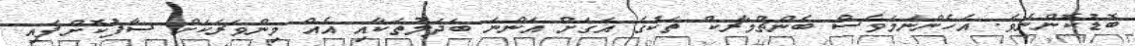
ބޮޑުކޮންނެވެ. އެހެންނަމަވެސް ބެންޗްމާރކް ތަކުގެ އަގަށް އަންނަ ބަދަލުތަކާއި އެއް މިންވަރަކަށް ސާފުކޮށްފައި